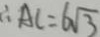
\therefore A C = 6 \sqrt { 3 }